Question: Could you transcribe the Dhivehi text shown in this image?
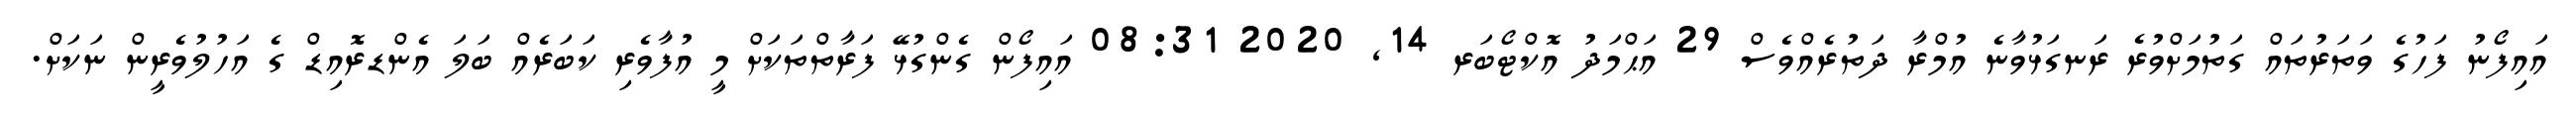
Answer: އައިފޯނު ފަހުގެ ވަތަރުތައް ގަތުމަށްވުރެ ރަނގަޅުވާނެ އުމްރާ ދަތުރެއްވެސް 29 އަޙްމަދު އޮކްޓޯބަރ 14, 2020 08:31 އައިފޯން ގެންގުޅޭ ފަރާތްތަކަށް މީ އުފާވެރި ކަބަރެއް ބަލަ އެންޑރޮއިޑް ގެ އަހުލުވެރީން ނަކަށް.